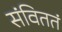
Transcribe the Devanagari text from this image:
संविततं